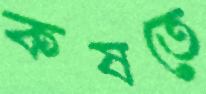
কষতে